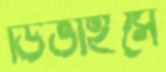
ডিভাইসে